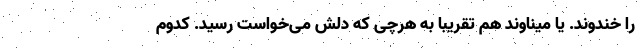
را خندوند. یا میناوند هم تقریبا به هرچی که دلش می‌خواست رسید. کدوم